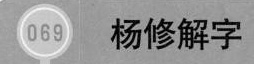
069 杨修解字